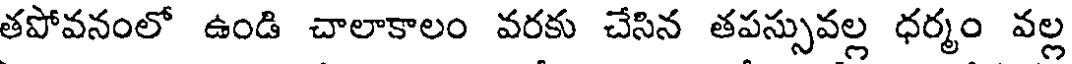
తపోవనంలో ఉండి చాలాకాలం వరకు చేసిన తపస్సువల్ల ధర్మం వల్ల